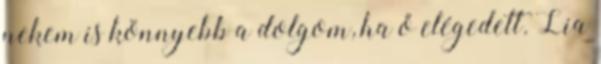
nekem is könnyebb a dolgom, ha ő elégedett. Lia